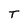
Character: T